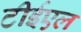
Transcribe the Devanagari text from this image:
टीईएल